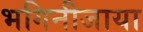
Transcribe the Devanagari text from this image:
भगिनीजाया